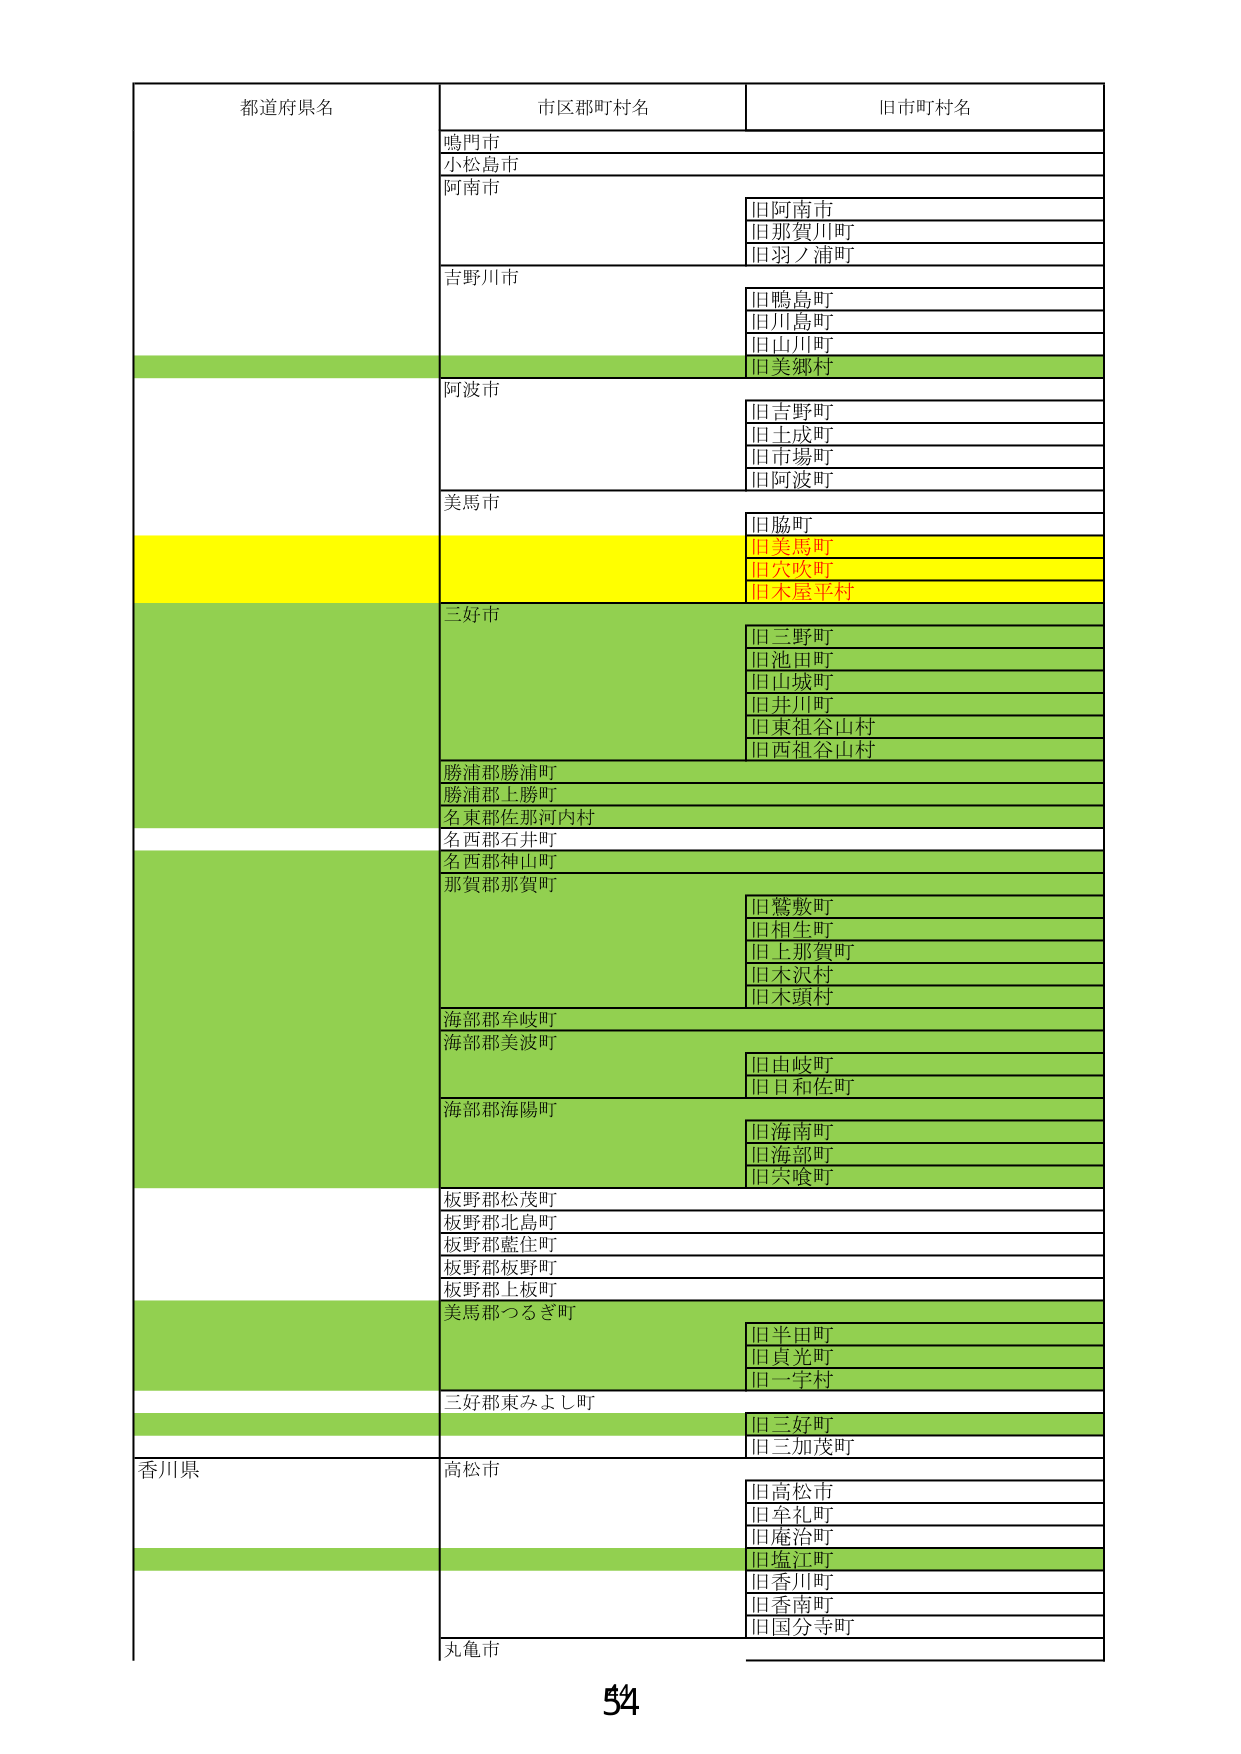
都道府県名 市区郡町村名 旧市町村名
鳴門市
小松島市
阿南市
旧阿南市
旧那賀川町
旧羽ノ浦町
吉野川市
旧鴨島町
旧川島町
旧山川町
旧美郷村
阿波市
旧吉野町
旧土成町
旧市場町
旧阿波町
美馬市
旧脇町
旧美馬町
旧穴吹町
旧木屋平村
三好市
旧三野町
旧池田町
旧山城町
旧井川町
旧東祖谷山村
旧西祖谷山村
勝浦郡勝浦町
勝浦郡上勝町
名東郡佐那河内村
名西郡石井町
名西郡神山町
那賀郡那賀町
旧鷲敷町
旧相生町
旧上那賀町
旧木沢村
旧木頭村
海部郡牟岐町
海部郡美波町
旧由岐町
旧日和佐町
海部郡海陽町
旧海南町
旧海部町
旧宍喰町
板野郡松茂町
板野郡北島町
板野郡藍住町
板野郡板野町
板野郡上板町
美馬郡つるぎ町
旧半田町
旧貞光町
旧一字村
三好郡東みよし町
旧三好町
旧三加茂町
香川県 高松市
旧高松市
旧牟礼町
旧庵治町
旧塩江町
旧香川町
旧香南町
旧国分寺町
丸亀市
54